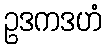
ဥဒကဒဟံ